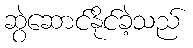
ဆွဲဆောင်နိုင်ခဲ့သည်